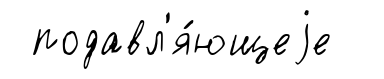
подавл'я́ющеjе